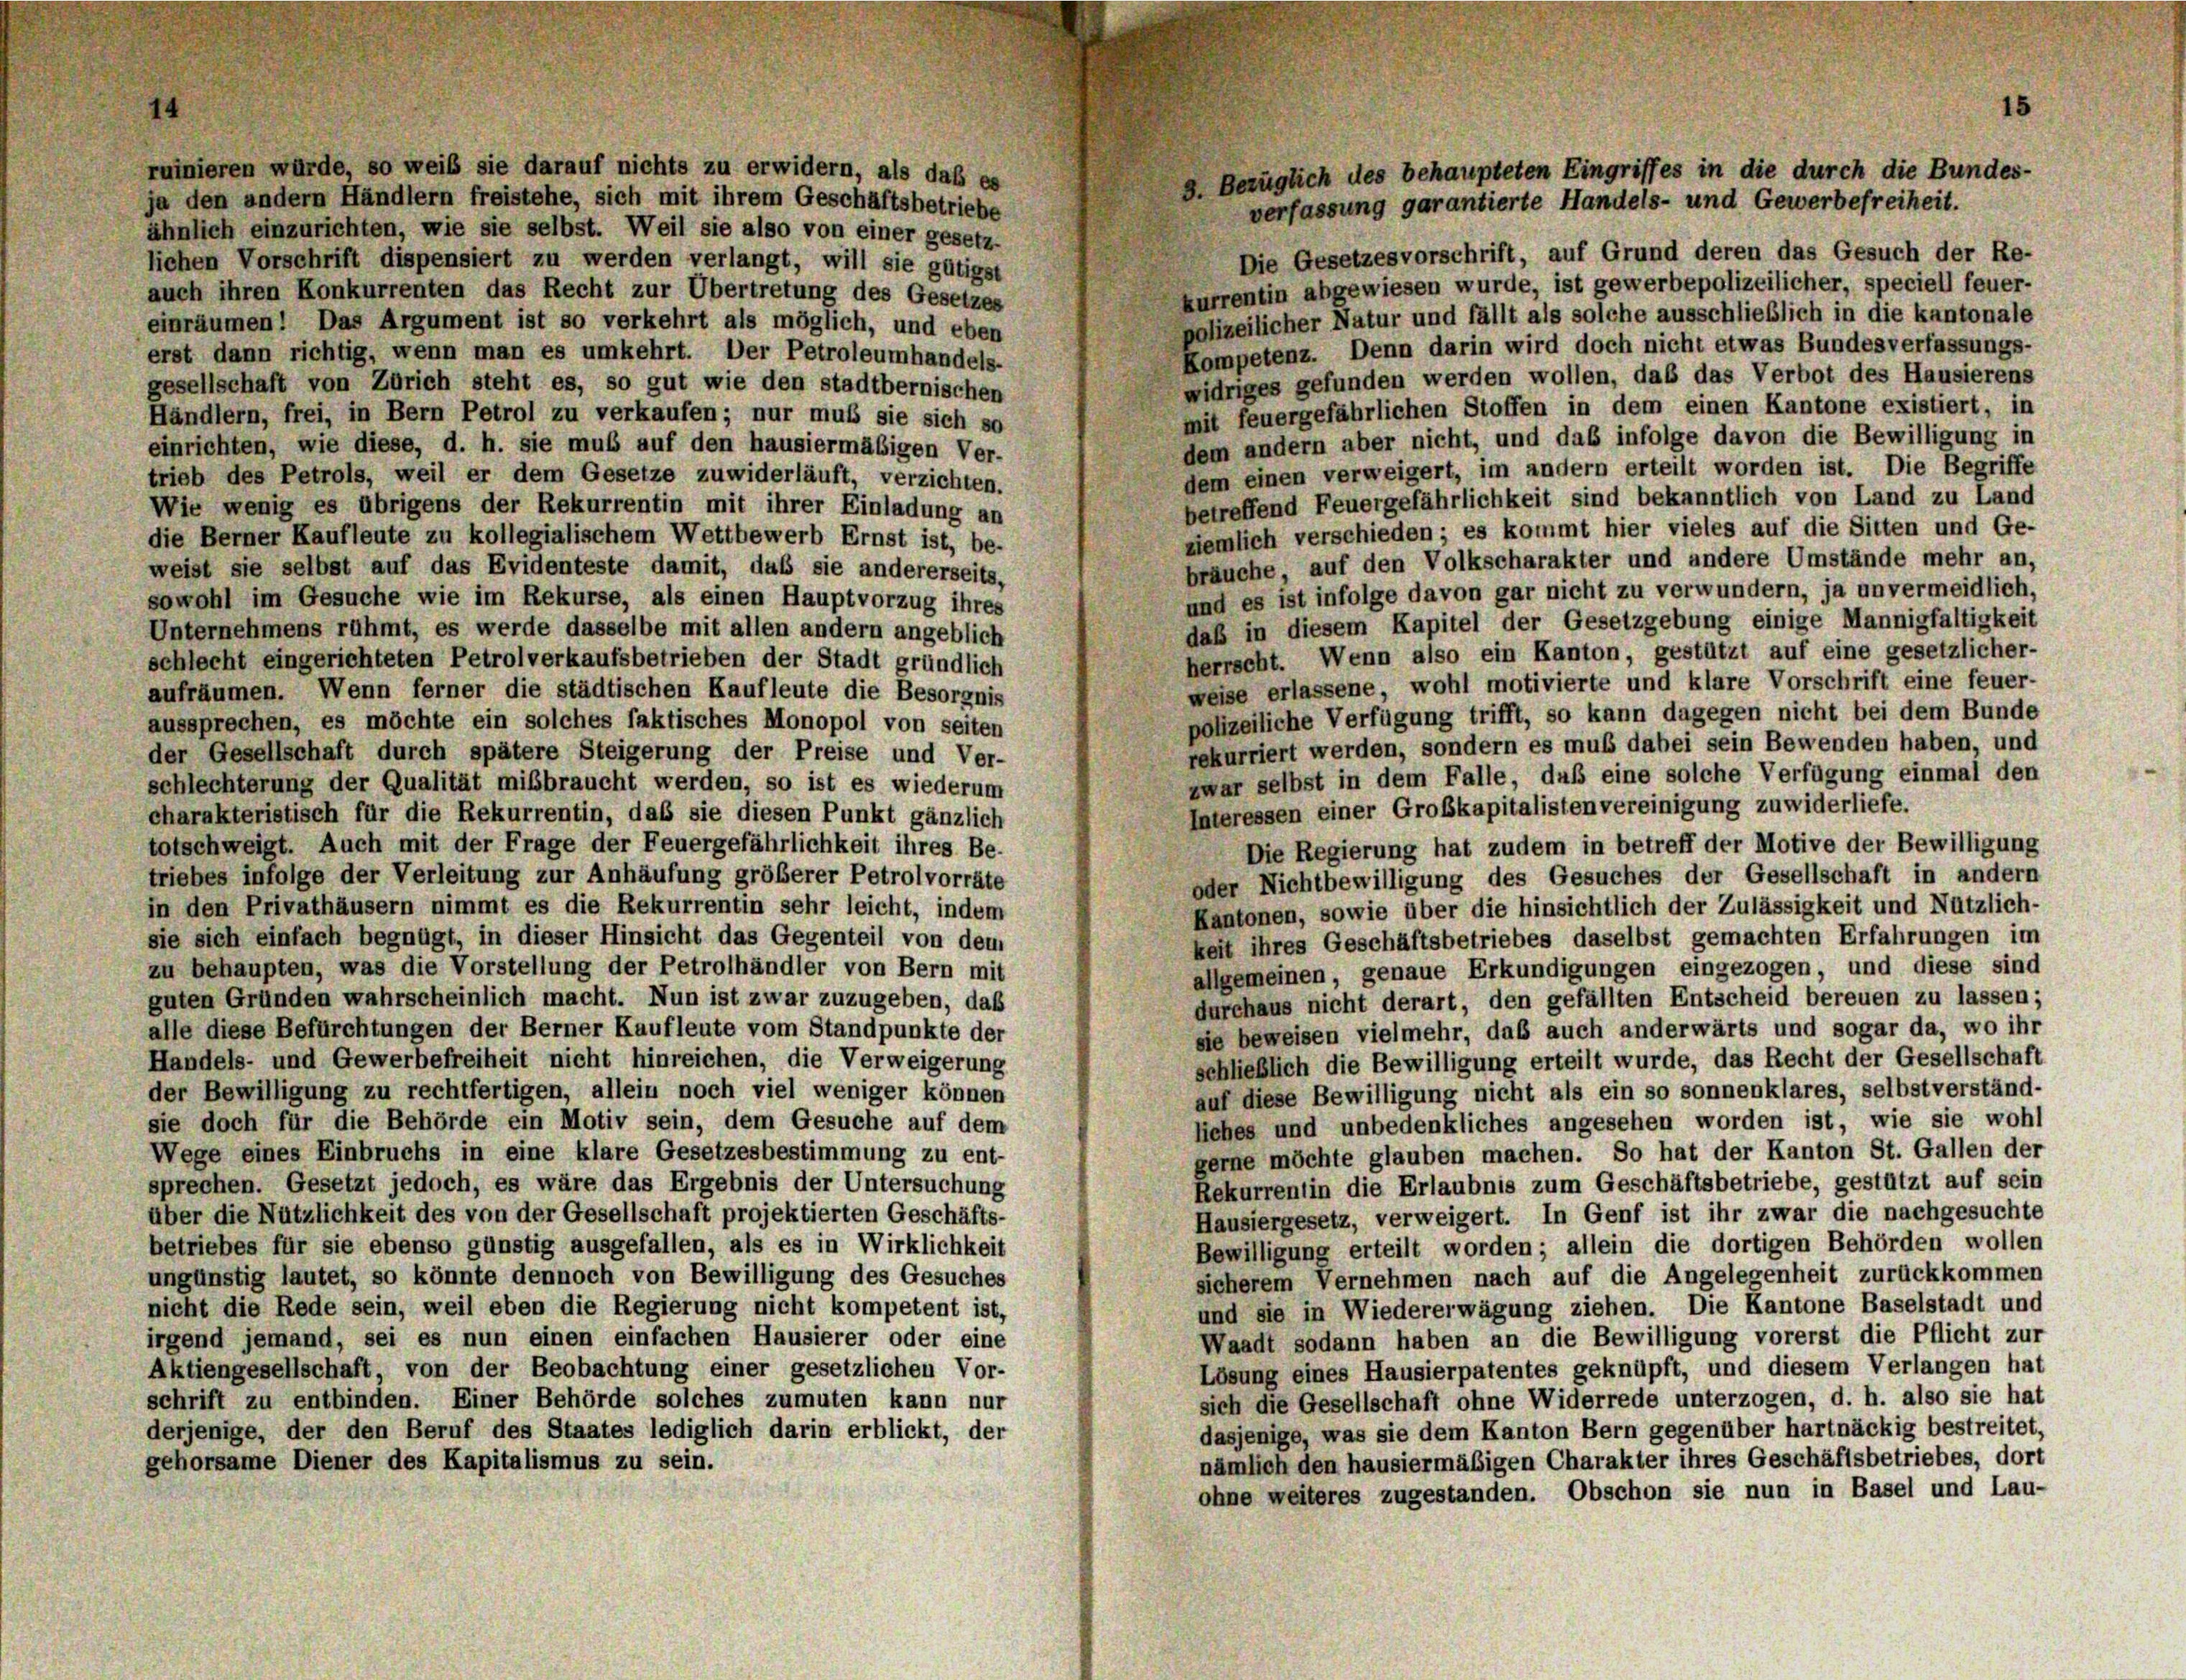
ruinieren würde, so weiß sie darauf nichts zu erwidern, als daß es
ja den andern Händlern freistehe, sich mit ihrem Geschäftsbetriebe
ähnlich einzurichten, wie sie selbst. Weil sie also von einer gesetz-
Die Gesetzesvorschrift, auf Grund deren das Gesuch der Re-
lichen Vorschrift dispensiert zu werden verlangt, will sie gütigst
kurrentin abgewiesen wurde, ist gewerbepolizeilicher, speciell feuer-
auch ihren Konkurrenten das Recht zur Übertretung des Gesetzes
polizeilicher Natur und fällt als solche ausschließlich in die kantonale
einräumen! Das Argument ist so verkehrt als möglich, und eben
Kompetenz. Denn darin wird doch nicht etwas Bundesverfassungs-
erst dann richtig, wenn man es umkehrt. Der Petroleumhandels-
widriges gefunden werden wollen, daß das Verbot des Hausierens
gesellschaft von Zürich steht es, so gut wie den stadtbernischen
mit feuergefährlichen Stoffen in dem einen Kantone existiert, in
Händlern, frei, in Bern Petrol zu verkaufen; nur muß sie sich so
dem andern aber nicht, und das infolge davon die Bewilligung in
einrichten, wie diese, d. h. sie muß auf den hausiermäßigen Ver-
dem einen verweigert, im andern erteilt worden ist. Die Begriffe
trieb des Petrols, weil er dem Gesetze zuwiderläuft, verzichten.
betreffend Feuergefährlichkeit sind bekanntlich von Land zu Land
Wie wenig es übrigens der Rekurrentin mit ihrer Einladung an
ziemlich verschieden; es kommt hier vieles auf die Sitten und Ge-
die Berner Kaufleute zu kollegialischem Wettbewerb Ernst ist, be-
bräuche, auf den Volkscharakter und andere Umstände mehr an,
weist sie selbst auf das Evidenteste damit, daß sie andererseits,
und es ist infolge davon gar nicht zu verwundern, ja unvermeidlich,
sowohl im Gesuche wie im Rekurse, als einen Hauptvorzug ihres
daß in diesem Kapitel der Gesetzgebung einige Mannigfaltigkeit
Unternehmens rühmt, es werde dasselbe mit allen andern angeblich
herrscht. Wenn also ein Kanton, gestützt auf eine gesetzlicher-
schlecht eingerichteten Petrolverkaufsbetrieben der Stadt gründlich
weise erlassene, wohl motivierte und klare Vorschrift eine feuer-
aufräumen. Wenn ferner die städtischen Kaufleute die Besorgnis
polizeiliche Verfügung trifft, so kann dagegen nicht bei dem Bunde
aussprechen, es möchte ein solches faktisches Monopol von seiten
rekurriert werden, sondern es muß dabei sein Bewenden haben, und
der Gesellschaft durch spätere Steigerung der Preise und Ver-
zwar selbst in dem Falle, daß eine solche Verfügung einmal den
schlechterung der Qualität mißbraucht werden, so ist es wiederum
Interessen einer Großkapitalisten vereinigung zuwiderliefe.
charakteristisch für die Rekurrentin, daß sie diesen Punkt gänzlich
totschweigt. Auch mit der Frage der Feuergefährlichkeit ihres Be-
Die Regierung hat zudem in betreff der Motive der Bewilligung
triebes infolge der Verleitung zur Anhäufung größerer Petrolvorräte
oder Nichtbewilligung des Gesuches der Gesellschaft in andern
in den Privathäusern nimmt es die Rekurrentin sehr leicht, indem
Kantonen, sowie über die hinsichtlich der Zulässigkeit und Nützlich-
sie sich einfach begnügt, in dieser Hinsicht das Gegenteil von dem
keit ihres Geschäftsbetriebes daselbst gemachten Erfahrungen im
zu behaupten, was die Vorstellung der Petrolhändler von Bern mit
allgemeinen, genaue Erkundigungen eingezogen, und diese sind
guten Gründen wahrscheinlich macht. Nun ist zwar zuzugeben, daß
durchaus nicht derart, den gefällten Entscheid bereuen zu lassen;
alle diese Befürchtungen der Berner Kaufleute vom Standpunkte der
sie beweisen vielmehr, daß auch anderwärts und sogar da, wo ihr
Handels- und Gewerbefreiheit nicht hinreichen, die Verweigerung
schließlich die Bewilligung erteilt wurde, das Recht der Gesellschaft
der Bewilligung zu rechtfertigen, allein noch viel weniger können
auf diese Bewilligung nicht als ein so sonnenklares, selbstverständ-
sie doch für die Behörde ein Motiv sein, dem Gesuche auf dem
liches und unbedenkliches angesehen worden ist, wie sie wohl
Wege eines Einbruchs in eine klare Gesetzesbestimmung zu ent-
gerne möchte glauben machen. So hat der Kanton St. Gallen der
sprechen. Gesetzt jedoch, es wäre das Ergebnis der Untersuchung
Rekurrentin die Erlaubnis zum Geschäftsbetriebe, gestützt auf sein
über die Nützlichkeit des von der Gesellschaft projektierten Geschäfts-
Hausiergesetz, verweigert. In Genf ist ihr zwar die nachgesuchte
betriebes für sie ebenso günstig ausgefallen, als es in Wirklichkeit
Bewilligung erteilt worden; allein die dortigen Behörden wollen
ungünstig lautet, so könnte dennoch von Bewilligung des Gesuches
sicherem Vernehmen nach auf die Angelegenheit zurückkommen
und sie in Wiedererwägung ziehen. Die Kantone Baselstadt und
nicht die Rede sein, weil eben die Regierung nicht kompetent ist,
irgend jemand, sei es nun einen einfachen Hausierer oder eine
Waadt sodann haben an die Bewilligung vorerst die Pflicht zur
Aktiengesellschaft, von der Beobachtung einer gesetzlichen Vor-
Lösung eines Hausierpatentes geknüpft, und diesem Verlangen hat
schrift zu entbinden. Einer Behörde solches zumuten kann nur
sich die Gesellschaft ohne Widerrede unterzogen, d. h. also sie hat
derjenige, der den Beruf des Staates lediglich darin erblickt, der
dasjenige, was sie dem Kanton Bern gegenüber hartnäckig bestreitet,
nämlich den hausiermäßigen Charakter ihres Geschäftsbetriebes, dort
gehorsame Diener des Kapitalismus zu sein.
ohne weiteres zugestanden. Obschon sie nun in Basel und Lau-

15
9. Bezüglich des behaupteten Eingriffes in die durch die Bundes-
verfassung garantierte Handels- und Gewerbefreiheit.